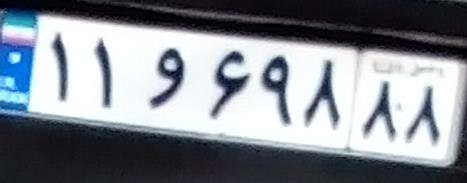
۱۱و۶۹۸۸۸